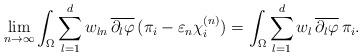
LaTeX: \begin{align*}\lim_{n \to \infty} \int_\Omega \sum_{l=1}^d w_{ln} \, \overline{\partial_l \varphi} \, (\pi_i - \varepsilon_n \chi^{(n)}_i)= \int_\Omega \sum_{l=1}^d w_l \, \overline{\partial_l \varphi} \, \pi_i. \end{align*}